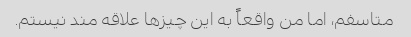
متاسفم، اما من واقعاً به این چیزها علاقه مند نیستم.